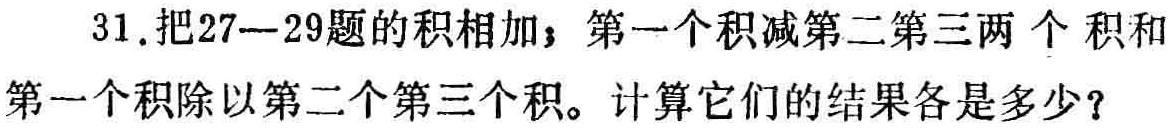
31. 把27—29题的积相加；第一个积减第二第三两个积和 第一个积除以第二个第三个积。计算它们的结果各是多少？